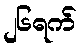
၂၆ရက်